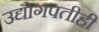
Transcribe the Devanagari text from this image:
उद्योगपतीही